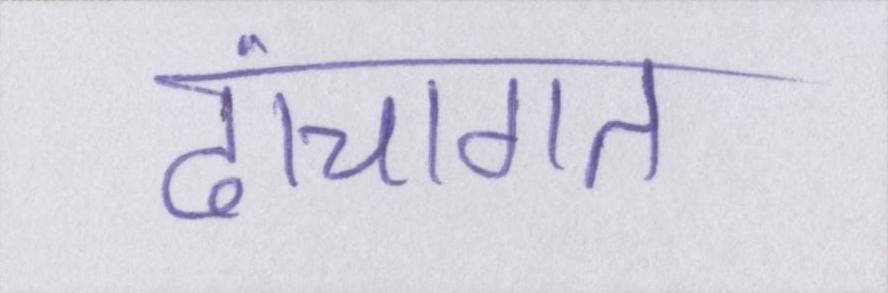
ढांचागत